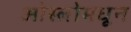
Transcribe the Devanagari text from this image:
ओस्लोमधून